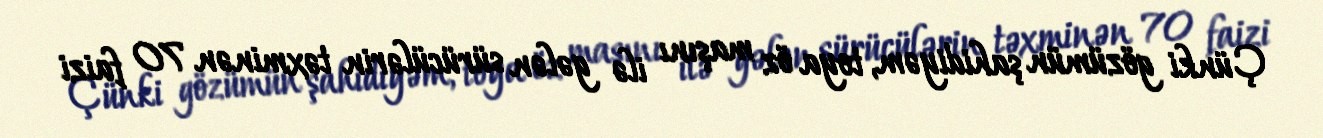
Çünki gözümün şahidiyəm, toya öz maşını ilə gələn sürücülərin təxminən 70 faizi